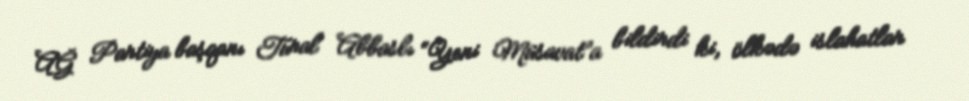
AĞ Partiya başqanı Tural Abbaslı “Yeni Müsavat”a bildirdi ki, ölkədə islahatlar